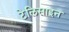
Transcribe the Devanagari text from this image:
टेलिसाइन